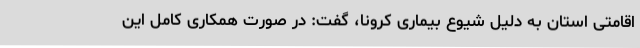
اقامتی استان به دلیل شیوع بیماری کرونا، گفت: در صورت همکاری کامل این